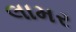
લામર